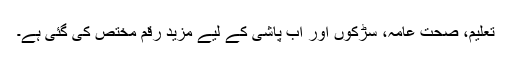
تعلیم، صحتِ عامہ، سڑکوں اور آب پاشی کے لیے مزید رقم مختص کی گئی ہے۔